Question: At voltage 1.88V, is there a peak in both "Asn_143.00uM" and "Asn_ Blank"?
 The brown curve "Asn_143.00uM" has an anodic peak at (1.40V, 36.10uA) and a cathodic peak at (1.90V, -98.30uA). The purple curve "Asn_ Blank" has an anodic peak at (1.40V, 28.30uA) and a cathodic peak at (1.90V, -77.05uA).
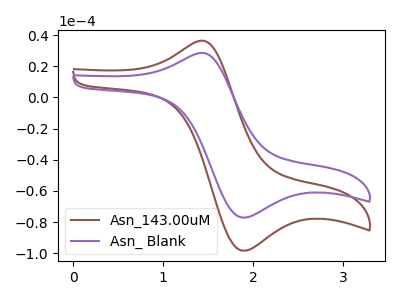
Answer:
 <answer>Yes, "Asn_143.00uM" and "Asn_ Blank" share a peak at 1.88V.</answer>
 <eval>match</eval>